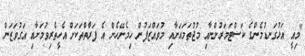
"މިއީ އަޅުގަނޑުމެންގެ ކަސްޓަމަރުންނާއި މުޖުތަމައަށާއި މުވައްޒަފުން ހިމެނޭހެން އެ ފަރާތްތަކަށް އެހީތެރިވުމަށާއި އަގުވަޒަން